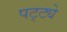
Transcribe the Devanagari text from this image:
पट्ट्ये